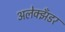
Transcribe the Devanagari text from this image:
अलेक्झँडर